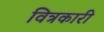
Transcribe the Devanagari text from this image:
वित्रकारी